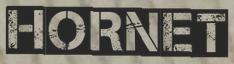
HORNET